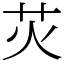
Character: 苂